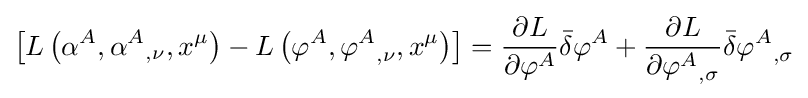
\left[L\left(\alpha ^{A},{\alpha ^{A}}_{,\nu },x^{\mu }\right)-L\left(\varphi ^{A},{\varphi ^{A}}_{,\nu },x^{\mu }\right)\right]={\frac {\partial L}{\partial \varphi ^{A}}}{\bar {\delta }}\varphi ^{A}+{\frac {\partial L}{\partial {\varphi ^{A}}_{,\sigma }}}{\bar {\delta }}{\varphi ^{A}}_{,\sigma }